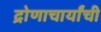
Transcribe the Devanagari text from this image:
द्रोणाचार्यांची